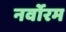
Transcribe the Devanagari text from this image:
नर्वोरम